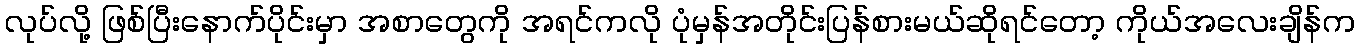
လုပ်လို့ ဖြစ်ပြီးနောက်ပိုင်းမှာ အစာတွေကို အရင်ကလို ပုံမှန်အတိုင်းပြန်စားမယ်ဆိုရင်တော့ ကိုယ်အလေးချိန်က